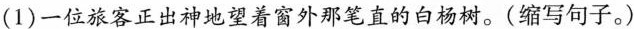
(1)一位旅客正出神地望着窗外那笔直的白杨树。（缩写句子。）